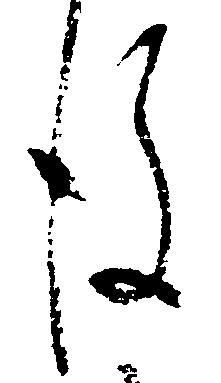
後